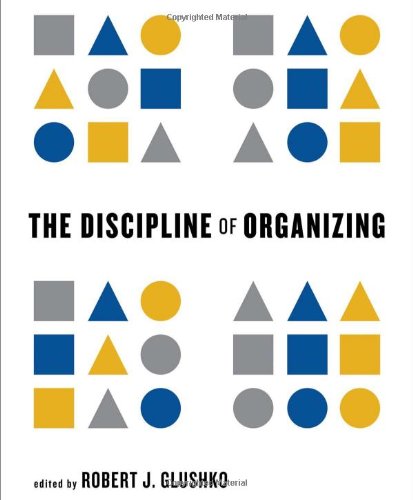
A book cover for The Discipline of Organizing; Politics & Social Sciences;